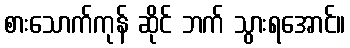
စားသောက်ကုန် ဆိုင် ဘက် သွားရအောင်။